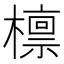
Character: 檩